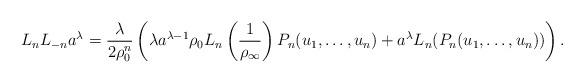
LaTeX: \begin{gather*}L_nL_{-n}a^{\lambda}= \frac{\lambda}{2\rho_0^n} \left(\lambda a^{\lambda-1}\rho_0L_n\left(\frac1{\rho_{\infty}}\right)P_n(u_1,\dots,u_n)+ a^{\lambda}L_n(P_n(u_1,\dots,u_n))\right).\end{gather*}